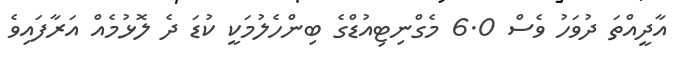
އާދީއްތަ ދުވަހު ވެސް 6.0 މެގްނިޓިއުޑްގެ ބިންހެލުމަކީ ކުޑަ ދެ ލޮޅުމެއް އަރާފައިވެ